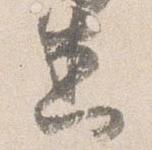
悉